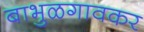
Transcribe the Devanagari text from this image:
बाभुळगावकर